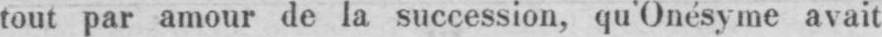
tout par amour de la succession, qu’Onésyme avait